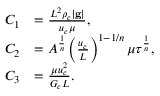
\begin{array} { r l } { C _ { 1 } } & { = \frac { L ^ { 2 } \rho _ { c } | \mathbf { g } | } { u _ { c } \mu } , } \\ { C _ { 2 } } & { = A ^ { \frac { 1 } { n } } \left( \frac { u _ { c } } { L } \right) ^ { 1 - 1 / n } \mu \tau ^ { \frac { 1 } { n } } , } \\ { C _ { 3 } } & { = \frac { \mu u _ { c } ^ { 2 } } { G _ { c } L } . } \end{array}